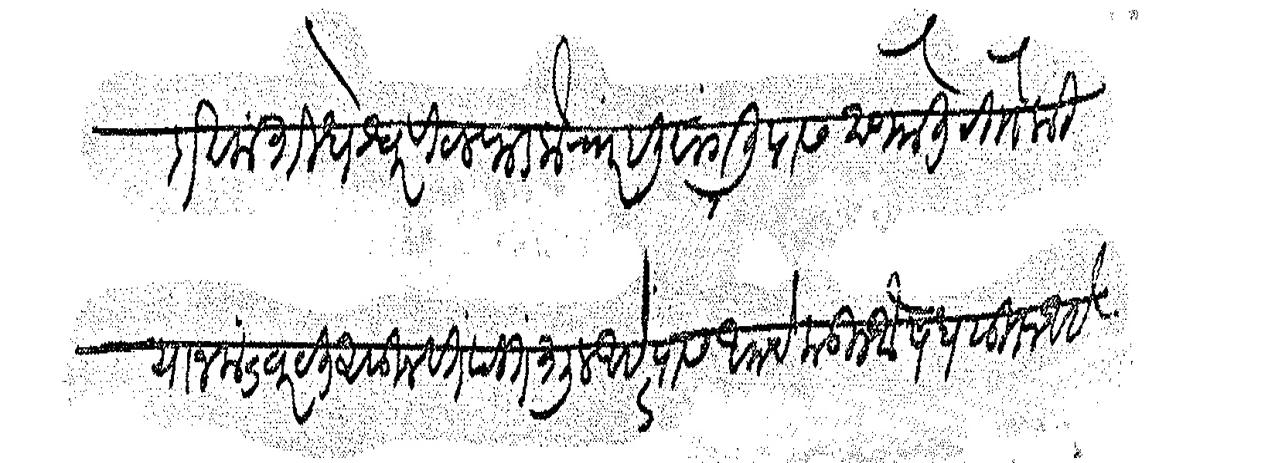
Transliteration (Devanagari): दाखला शिधेश्वर विटल फडके रा र हली सांगली यास देण्यात येतो कि याजला ज्चरयत असून वत वात पितशूल आहे त्यास आमचेकडील औषध सुरू